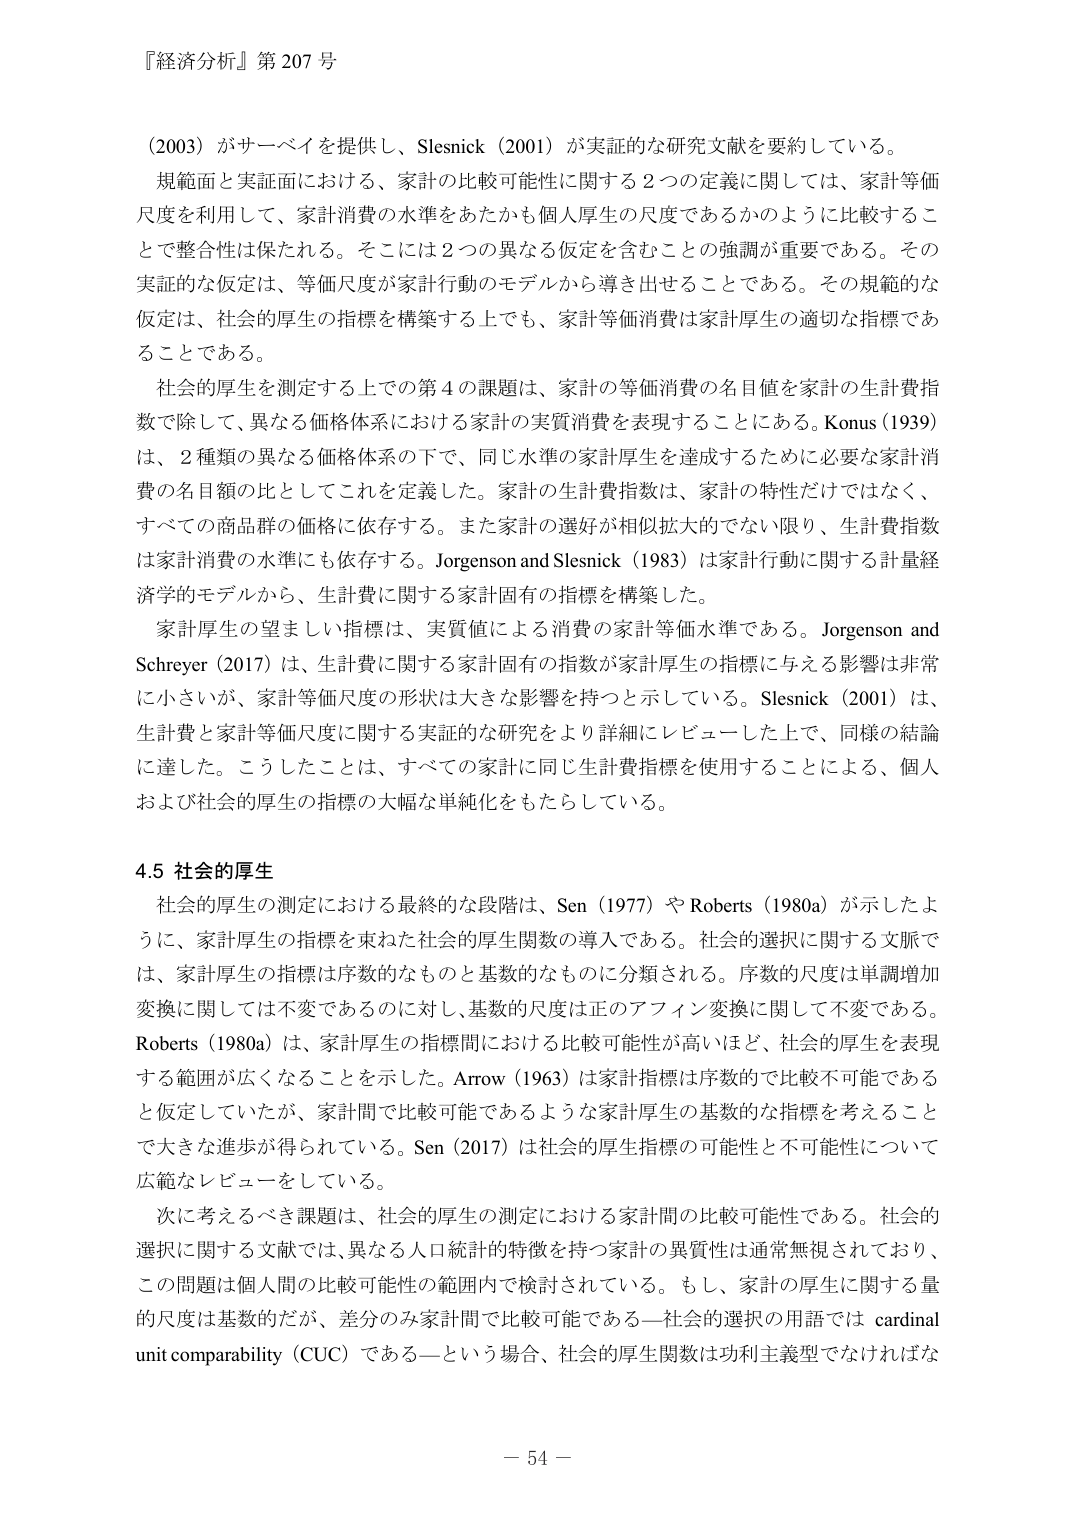
『経済分析』第 207 号

（2003）がサーベイを提供し、Slesnick（2001）が実証的な研究文献を要約している。

規範面と実証面における、家計の比較可能性に関する２つの定義に関しては、家計等価尺度を利用して、家計消費の水準をあたかも個人厚生の尺度であるかのように比較することで整合性は保たれる。そこには２つの異なる仮定を含むことの強調が重要である。その実証的な仮定は、等価尺度が家計行動のモデルから導き出せることである。その規範的な仮定は、社会的厚生の指標を構築する上でも、家計等価消費は家計厚生の適切な指標であることである。

社会的厚生を測定する上での第４の課題は、家計の等価消費の名目値を家計の生計費指数で除して、異なる価格体系における家計の実質消費を表現することにある。Konus（1939）は、２種類の異なる価格体系の下で、同じ水準の家計厚生を達成するために必要な家計消費の名目額の比としてこれを定義した。家計の生計費指数は、家計の特性だけではなく、すべての商品群の価格に依存する。また家計の選好が相似拡大的でない限り、生計費指数は家計消費の水準にも依存する。Jorgenson and Slesnick（1983）は家計行動に関する計量経済学的モデルから、生計費に関する家計固有の指標を構築した。

家計厚生の望ましい指標は、実質値による消費の家計等価水準である。Jorgenson and Schreyer（2017）は、生計費に関する家計固有の指数が家計厚生の指標に与える影響是非常に小さいが、家計等価尺度の形状は大きな影響を持つと示している。Slesnick（2001）は、生計費と家計等価尺度に関する実証的な研究をより詳細にレビューした上で、同様の結論に達した。こうしたことは、すべての家計に同じ生計費指標を使用することによる、個人および社会的厚生の指標の大幅な単純化をもたらしている。

4.5 社会的厚生

社会的厚生の測定における最終的な段階は、Sen（1977）や Roberts（1980a）が示したように、家計厚生の指標を束ねた社会的厚生関数の導入である。社会的選択に関する文脈では、家計厚生の指標は序数的なものと基数的なものに分類される。序数的尺度は単調増加変換に関しては不変であるのに対し、基数的尺度は正のアフィン変換に関して不変である。Roberts（1980a）は、家計厚生の指標間における比較可能性が高いほど、社会的厚生を表現する範囲が広くなることを示した。Arrow（1963）は家計指標は序数的で比較不可能であると仮定していたが、家計間で比較可能であるような家計厚生の基数的な指標を考えることで大きな進歩が得られている。Sen（2017）は社会的厚生指標の可能性と不可能性について広範なレビューをしている。

次に考えるべき課題は、社会的厚生の測定における家計間の比較可能性である。社会的選択に関する文献では、異なる人口統計的特徴を持つ家計の異質性は通常無視されており、この問題は個人間の比較可能性の範囲内で検討されている。もし、家計の厚生に関する量的尺度は基数的だが、差分のみ家計間で比較可能である—社会的選択の用語では cardinal unit comparability（CUC）である—という場合、社会的厚生関数は功利主義型でなければな

－ 54 －